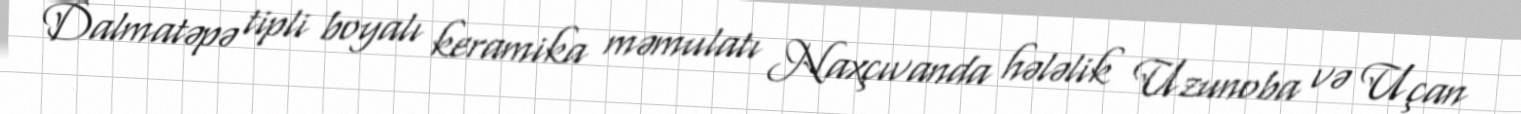
Dalmatəpə tipli boyalı keramika məmulatı Naxçıvanda hələlik Uzunoba və Uçan